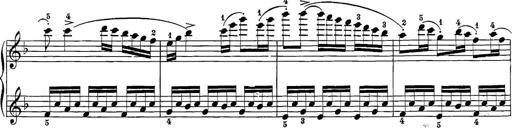
Title: 12 Sonatine per Pianoforte
Composer: Friedrich Kuhlau